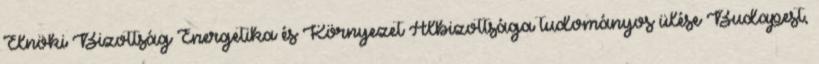
Elnöki Bizottság Energetika és Környezet Albizottsága tudományos ülése Budapest,